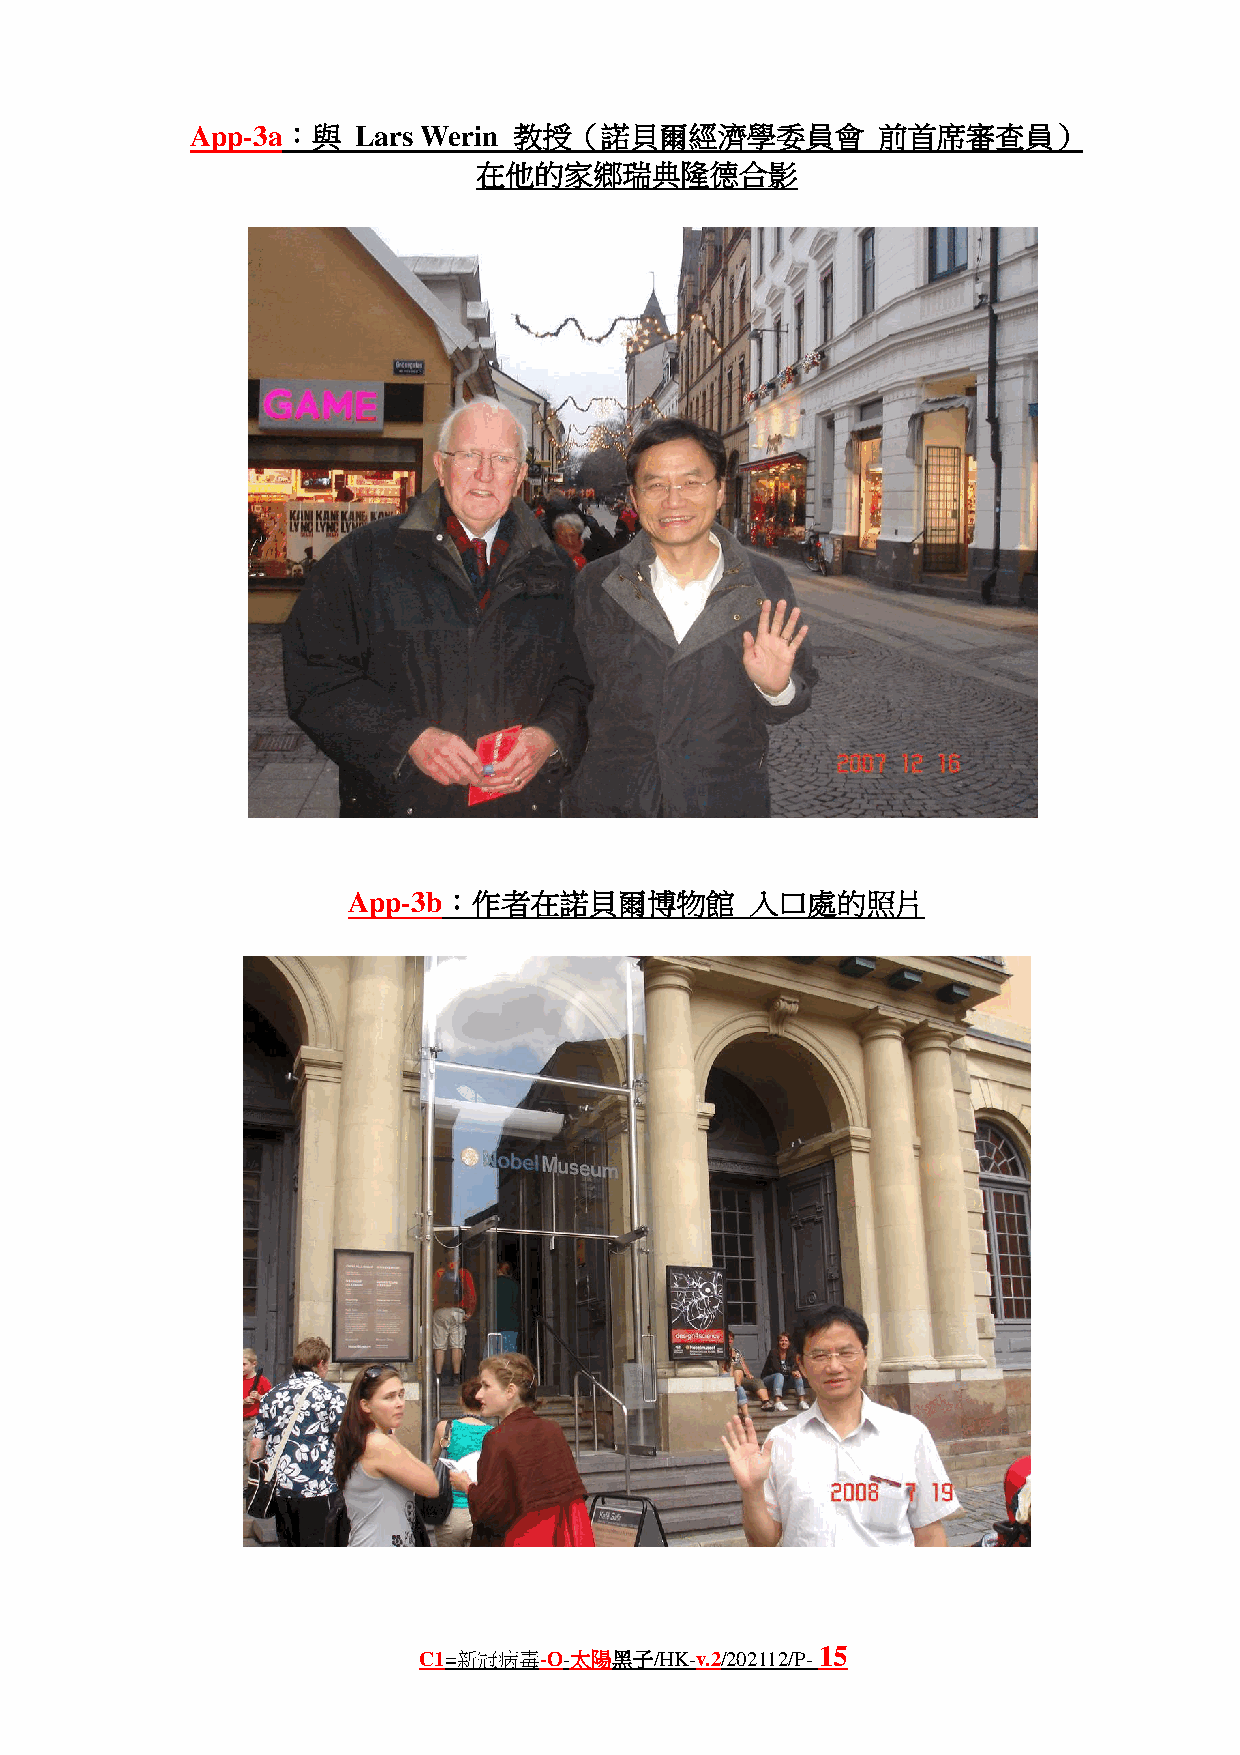
App-3a：與   Lars Werin 教授（諾貝爾經濟學委員會           前首席審查員）
 在他的家鄉瑞典隆德合影
 App-3b：作者在諾貝爾博物館           入口處的照片
 15
 C1=新冠病毒-O-太陽黑子/HK-v.2/202112/P-